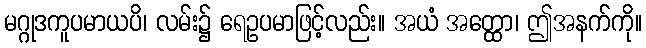
မဂ္ဂုဒကူပမာယပိ၊ လမ်း၌ ရေဥပမာဖြင့်လည်း။ အယံ အတ္ထော၊ ဤအနက်ကို။